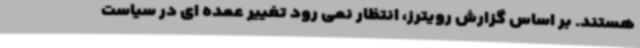
هستند. بر اساس گزارش رویترز، انتظار نمی رود تغییر عمده ای در سیاست